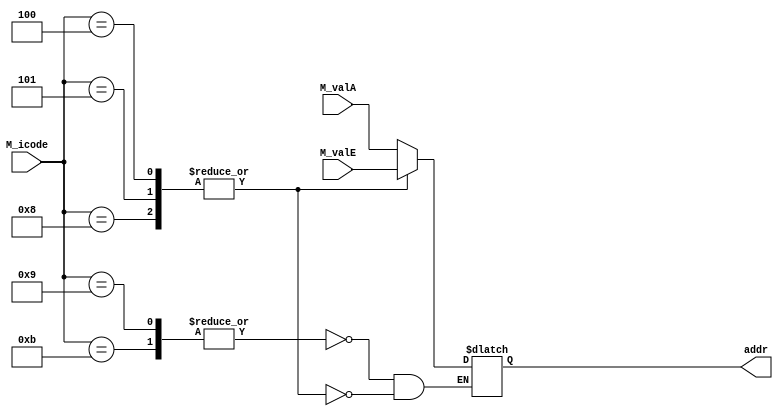
module Addr(M_valE, M_valA, M_icode, addr);

    input [3:0] M_icode;
    input [63:0] M_valE;
    input [63:0] M_valA;
    output reg [63:0] addr;

    always@(*)
    begin
    case(M_icode)
    4'b1001, 4'b1011:begin
        addr = M_valA;
    end
    4'b0100, 4'b0101, 4'b1001, 4'b1000:begin
        addr = M_valE;
    end
    endcase
    end
endmodule

module mem_read(M_icode, read);

    input [3:0] M_icode;
    output reg read;

    always@(*)begin
        case(M_icode)
        4'b0101, 4'b1011, 4'b1001:begin
            read = 1'b1;
        end
        default: begin
            read = 'b0;
        end
    endcase
    end
endmodule

module mem_write(M_icode, write);

    input [3:0] M_icode;
    output reg write;

    always@(*)begin
        case(M_icode)
        4'b0100, 4'b1010, 4'b1000:begin
            write = 1'b1;
        end
        default: begin
            write = 'b0;
        end
    endcase
    end
endmodule

module data_memory(addr, M_valA, read, write, m_valM, dmem_error);

    input [63:0] addr;
    input [63:0]M_valA;
    input read;
    input write;
    
    output reg [63:0] m_valM;
    output reg dmem_error;

    reg [63:0] mem[1023:0];


    always@(*) begin
        dmem_error = 1'b0; //do i have to initialize 
        if((addr < 0) || (addr > 64'd1023)) begin
            dmem_error=1'b1;
        end else begin

            if(write == 1'b1 & read == 1'b0)begin //double && or &
                mem[addr] = M_valA;
            end

            if(read == 1'b1 & write == 1'b0)begin
                m_valM = mem[addr];
            end
        end
    end
      
endmodule

module stat(M_stat, dmem_error, m_stat);

    input dmem_error;
    input [3:0] M_stat;
    output reg[3:0] m_stat;

    always@(*)begin
        if(dmem_error)begin
            // m_stat[0] = 1'b0;
            // m_stat[1] = 1'b1;
            // m_stat[2] = 1'b0;
            m_stat = 4'b0100;
        end else begin
            m_stat = M_stat;
        end
    end
endmodule